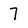
Character: 7